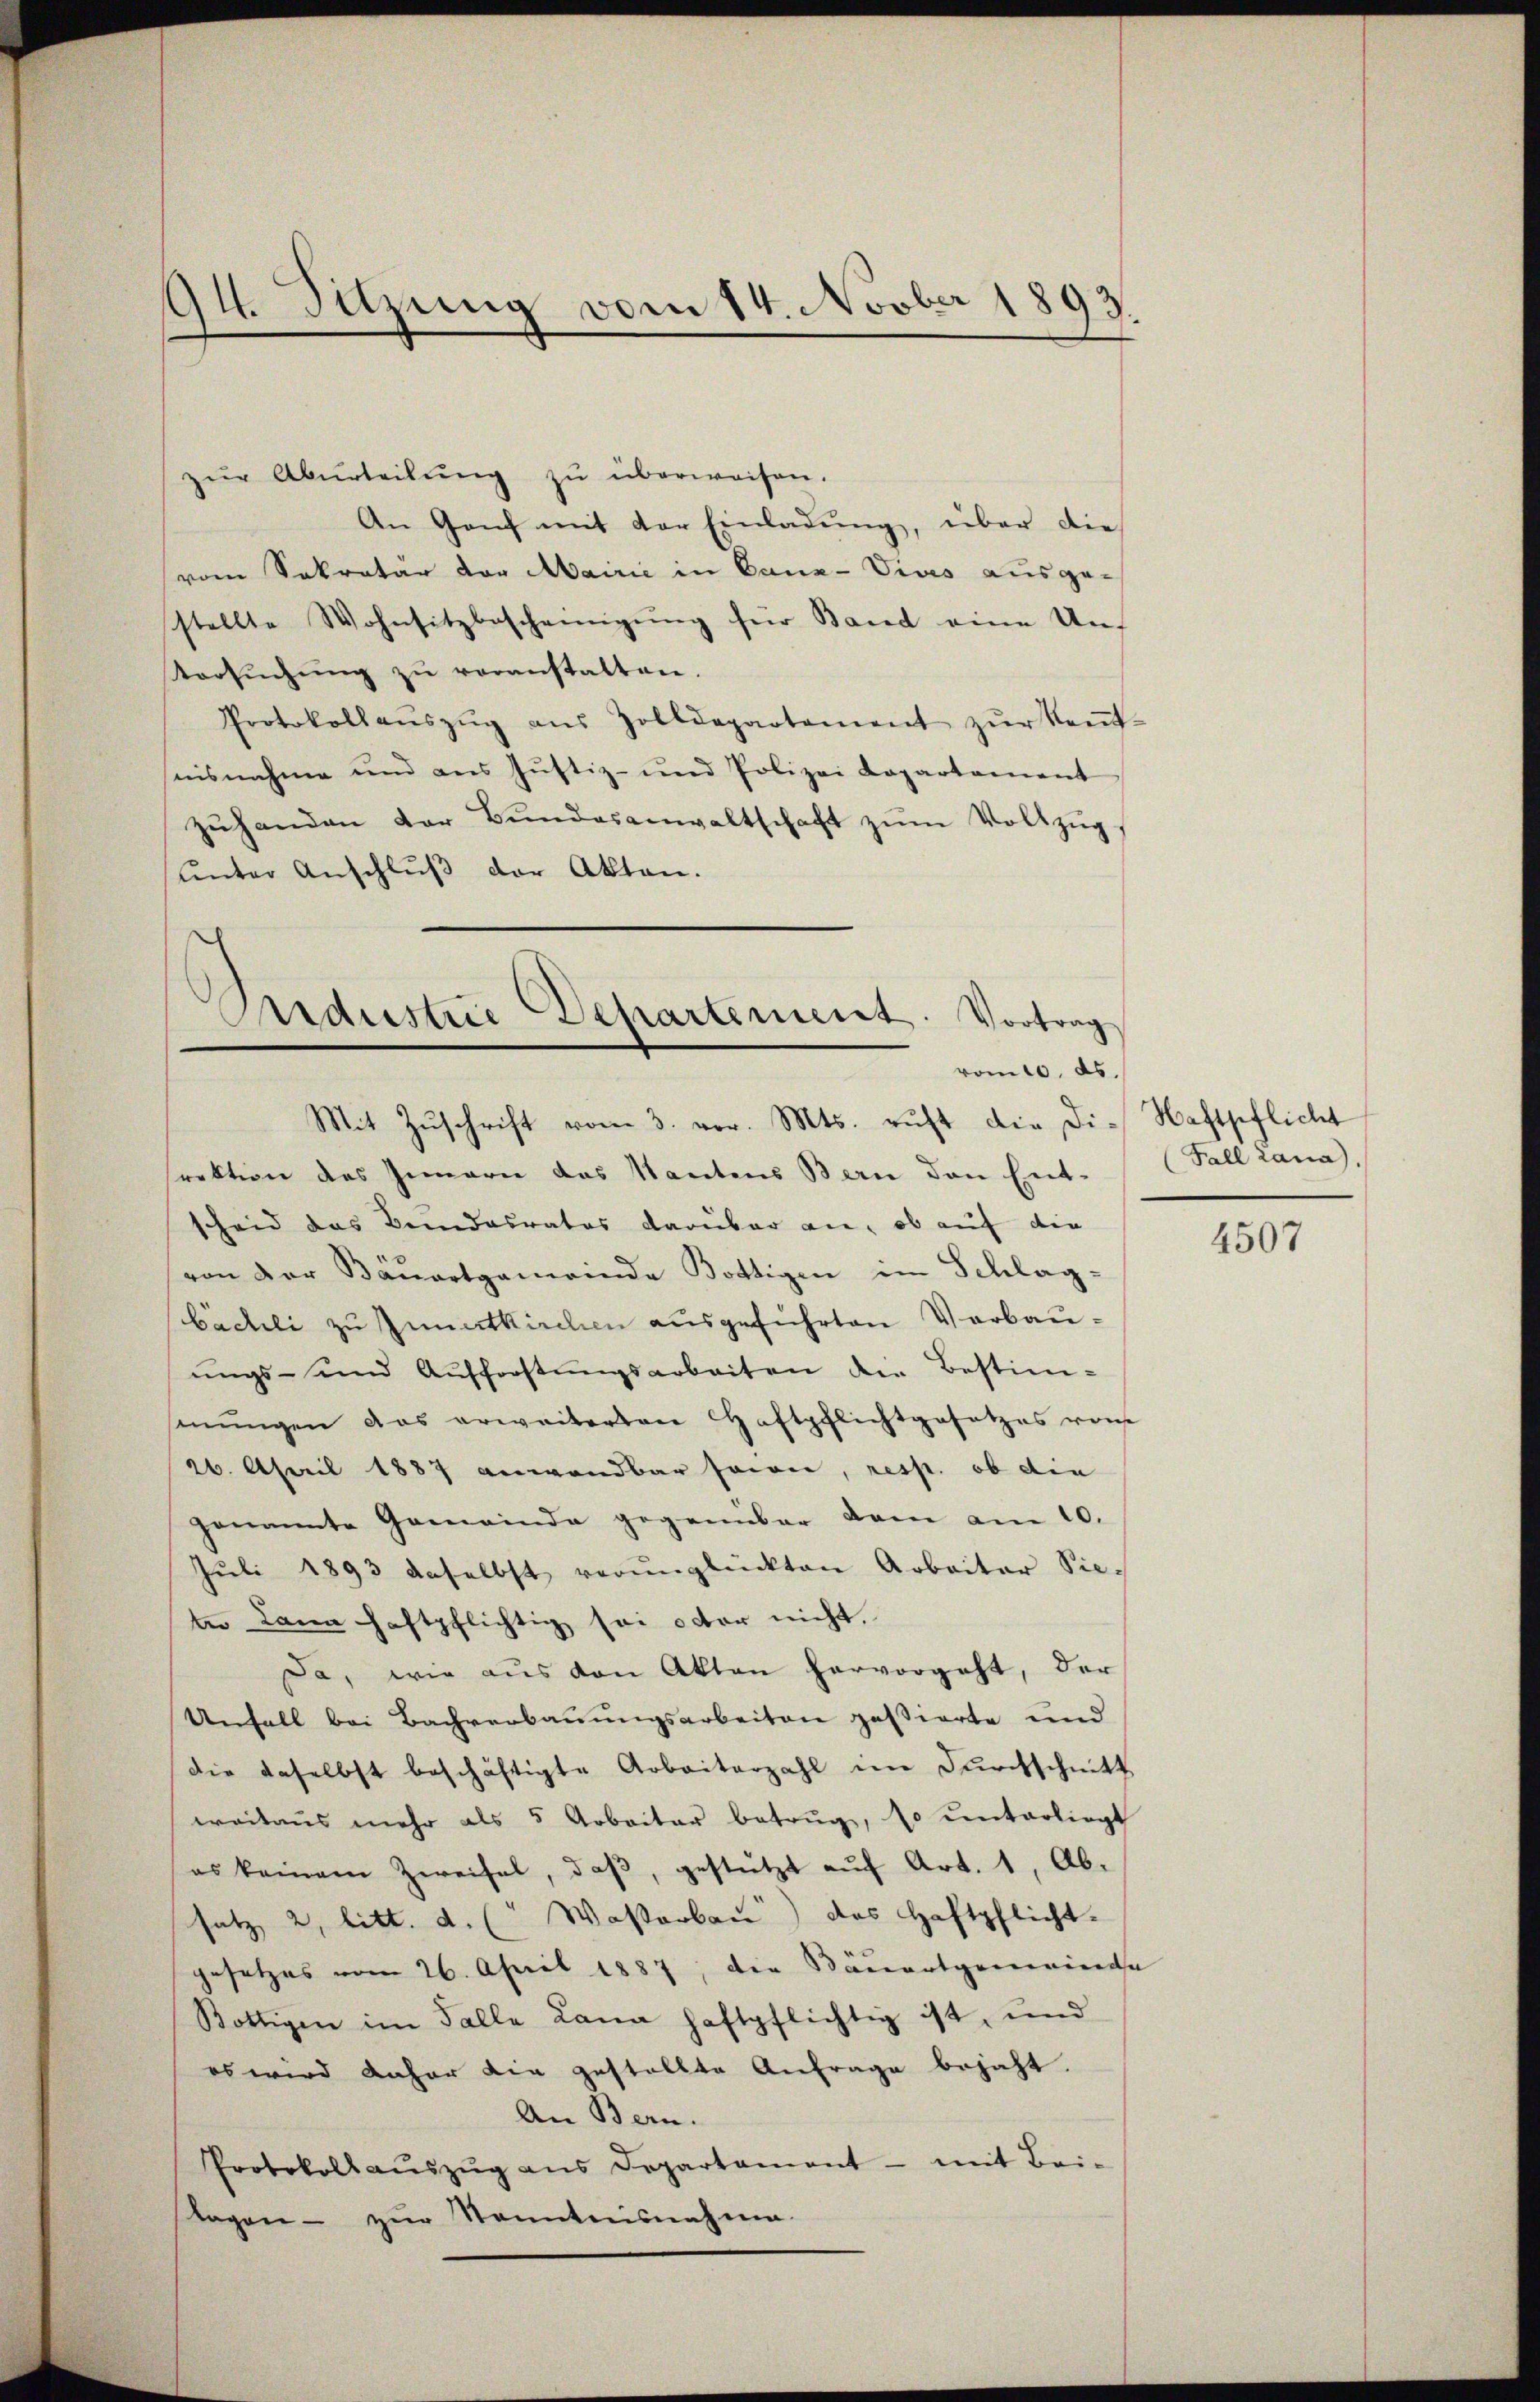
94. Sitzung vom 14. Novber 1893.

zŭr Aburteilŭng zŭ überweisen.
An Ganz mit der Einladŭng, über die
vom Sekretär vor Mairie in Canz-Vives ausge-
stellte Wohnsitzbescheinigŭng für Band eine Un-
Versŭchŭng zŭ veranstatten.
Protokollaŭszŭg aŭs Zolldepartement zŭr Keṅt-
snisnahme und aus Justiz- und Polizei Kopartement
zŭhanden der Bŭndesanwaltschaft zŭm Vollzŭg.
ŭnter Anschlŭβ der Akten.

Andustrie Departement. Vortrag
vom 10. ds.
Mit Zŭschrift vom 3. vor. Mts. ruft die die Haftpflicht

rektion des Innern das Kantons Bern den Ent-
scheid das Bundesrates darüber an, ob auf die
von der Bäuertgemeinde Bottigen im Schlag-
bächli zu Innertkirchen ausgeführten Verbauŭngs- und Aufforstŭngsarbeiten der Bestim-
mŭngen das erweiterten Haftpflichtgesetzes von
26. April 1887 anwendbar sowie, resp. ob die
genannte Gemeinde gegenüber dan am 10.
Jŭli 1893 daselbst verŭnglückten Arbeiter Sie-
tn Dana haftpflichtig sei octor nicht,
Da, wie aus den Akten hervorgeht, der
Unfall bei Bachverbauungsarbeiten passierte und
die daselbst beschäftigte Arbeiterzahl im Durchschnitt
weitaus mehr als 5 Arbeiter betrug, so unterliegt
es keinem Zweifel, daβ, gestützt aŭf Art. 1, Ab-
satz 2, litt. d. ( Wasserbau) das Haftpflicht.
gesetzes vom 26. April 1887, die Sanentgemeinde
Bottigen im Falle Lana haftpflichtig ist, und
es wird daher die gestellte Anfrage bejaht.
An Bern.
Protokoll aŭszŭg ans Departament - mit Bei-
Tagen zŭr Kenntnisnahme.

(Fall Lana),

4507